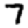
Digit: 7